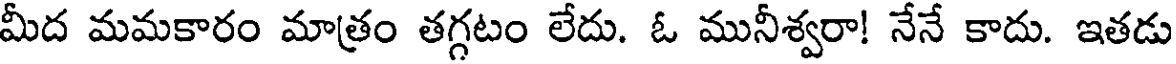
మీద మమకారం మాత్రం తగ్గటం లేదు. ఓ మునీశ్వరా! నేనే కాదు. ఇతడు